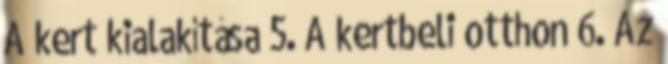
A kert kialakítása 5. A kertbeli otthon 6. Az